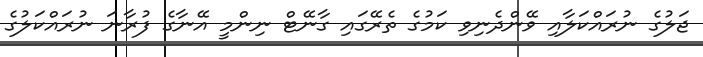
ޖަލުގެ ނުރައްކަލާއި ވޭންދެނިވި ކަމުގެ ތެރޭގައި ގާނޭޓް ނިންމީ އޭނާގެ ފުރާނަ ނުރައްކަލުގެ